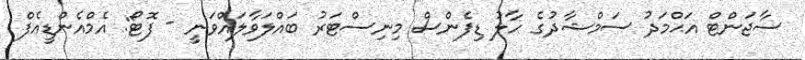
ސާޖަންޓް އަޙްމަދު ސަމްޝާދުގެ ހާލު ޑިފެންސް މިނިސްޓަރު ބައްލަވާލައްވަނީ - ފޮޓޯ: އެމްއެންޑީއެފް